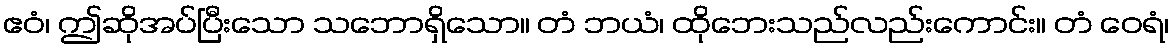
ဧဝံ၊ ဤဆိုအပ်ပြီးသော သဘောရှိသော။ တံ ဘယံ၊ ထိုဘေးသည်လည်းကောင်း။ တံ ဝေရံ၊